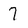
Character: 7